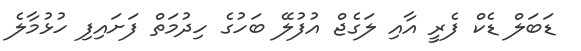
ޑަބަލް ޑެކް ފެރީ އާއި ލަގެޖް އުފުލޭ ބަހުގެ ހިދުމަތް ފަށައިފި ހުޅުމާލެ